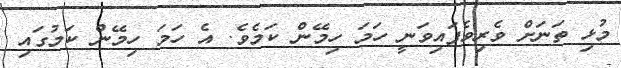
މުޅި ތަނަށް ވެރިވެފައިވަނީ ހަމަ ހިމޭން ކަމެވެ. އެ ހަމަ ހިމޭން ކަމުގައި